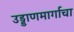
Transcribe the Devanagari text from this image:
उड्डाणमार्गाचा